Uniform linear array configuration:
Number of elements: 12
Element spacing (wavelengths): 0.75
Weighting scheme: blackman
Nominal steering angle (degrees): -15
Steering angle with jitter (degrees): -16.35
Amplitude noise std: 0.05
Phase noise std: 0.05

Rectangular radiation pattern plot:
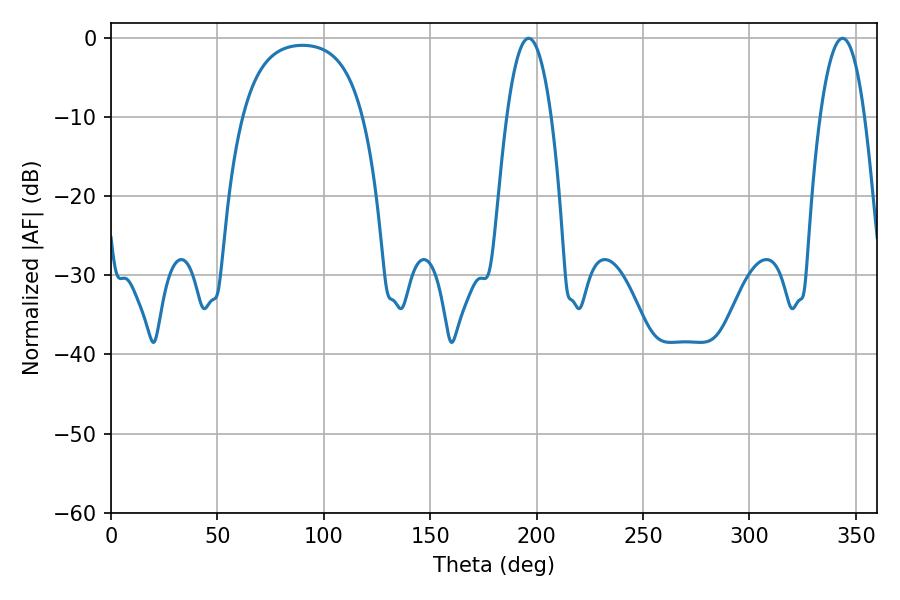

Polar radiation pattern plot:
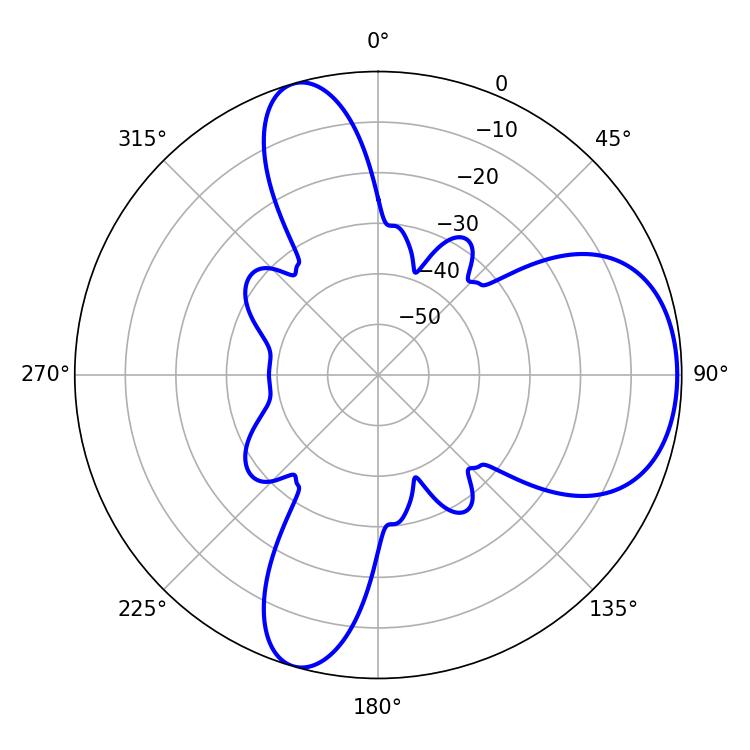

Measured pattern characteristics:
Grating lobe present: TRUE
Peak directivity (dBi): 6.875
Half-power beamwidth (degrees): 11.7
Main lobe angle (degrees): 196.2